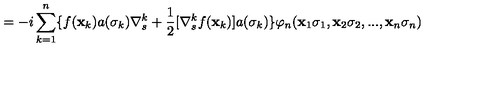
= - i \sum _ { k = 1 } ^ { n } \{ f ( { \bf { x } } _ { k } ) a ( \sigma _ { k } ) \nabla _ { s } ^ { k } + \frac { 1 } { 2 } [ \nabla _ { s } ^ { k } f ( { \bf { x } } _ { k } ) ] a ( \sigma _ { k } ) \} \varphi _ { n } ( { \bf { x } } _ { 1 } \sigma _ { 1 } , { \bf { x } } _ { 2 } \sigma _ { 2 } , . . . , { \bf { x } } _ { n } \sigma _ { n } )